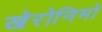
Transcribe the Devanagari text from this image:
खेरोनिमो